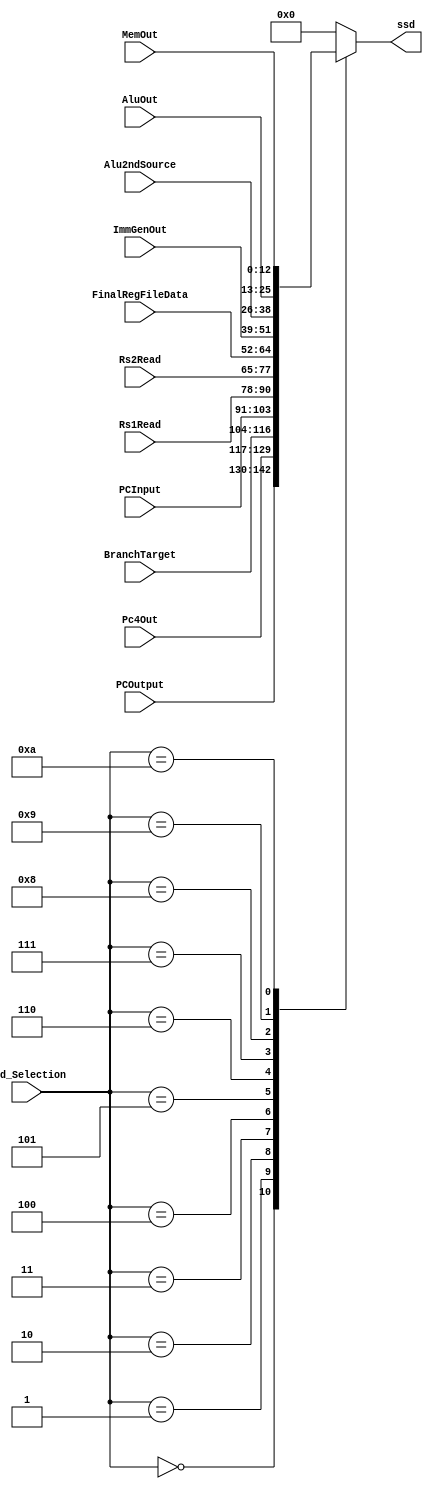
`timescale 1ns / 1ps
//////////////////////////////////////////////////////////////////////////////////
// Company: 
// Engineer: 
// 
// Design Name: 
// Module Name: SSDGenerator
// Project Name: 
// Target Devices: 
// Tool Versions: 
// Description: 
// 
// Dependencies: 
// 
// Revision:
// Revision 0.01 - File Created
// Additional Comments:
// 
//////////////////////////////////////////////////////////////////////////////////


module SSDGenerator(
input [3:0] ssd_Selection,
input[12:0] PCOutput,
input[12:0] Pc4Out,
input[12:0] BranchTarget,
input[12:0] PCInput,
input[12:0] Rs1Read,
input[12:0] Rs2Read,
input[12:0] FinalRegFileData,
input[12:0] ImmGenOut,
input[12:0] Alu2ndSource,
input[12:0] AluOut,
input[12:0] MemOut,
output reg [12:0] ssd);
    always@(*) begin
        case(ssd_Selection)
            0: begin
                ssd= PCOutput;
            end
            1: begin
                ssd= Pc4Out;
            end
            2: begin
                ssd= BranchTarget;
            end
            3: begin
                ssd= PCInput;
            end
            4: begin
                ssd= Rs1Read;
            end
            5: begin
                ssd= Rs2Read;
            end
            6: begin
                ssd= FinalRegFileData;
            end
            7: begin
                ssd=  ImmGenOut;
            end
            8: begin
                ssd= Alu2ndSource;
            end
            9: begin
                ssd= AluOut;
            end
            10: begin
                ssd= MemOut;
            end
            default: begin
                ssd= 0;
            end
        endcase
    end
endmodule